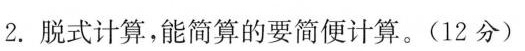
2.脱式计算，能简算的要简便计算。（12分）